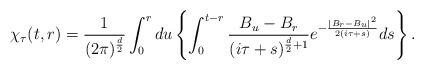
LaTeX: \begin{align*}\chi_{\tau}(t,r)=\frac{1}{(2\pi)^\frac{d}{2}}\int_0^rdu\left\{\int_0^{t-r} \frac{B_u-B_r}{ (i\tau+s)^{\frac{d}{2}+1}}e^{-\frac{|B_r-B_u|^2}{2(i\tau+s)}}ds\right\}.\end{align*}